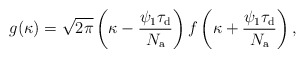
\begin{align*}g(\kappa)=\sqrt{2\pi}\left(\kappa-\frac{\psi_{1}\tau_{\rm d}}{N_{\rm a}}\right)f\left(\kappa+\frac{\psi_{1}\tau_{\rm d}}{N_{\rm a}}\right),\end{align*}